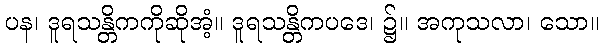
ပန၊ ဒူရသန္တိကကိုဆိုအံ့။ ဒူရသန္တိကပဒေ၊ ၌။ အကုသလာ၊ သော။